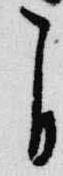
自